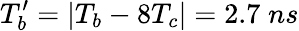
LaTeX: T_{b}^{\prime}=|T_{b}-8T_{c}|=2.7\; ns